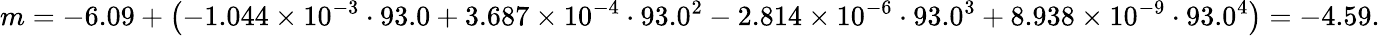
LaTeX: m=-6.09+\left(-1.044\times 10^{-3}\cdot 93.0+3.687\times 10^{-4}\cdot 93.0^{2}-2.814\times 10^{-6}\cdot 93.0^{3}+8.938\times 10^{-9}\cdot 93.0^{4}\right)=-4.59.